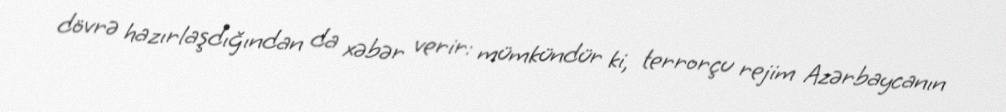
dövrə hazırlaşdığından da xəbər verir: mümkündür ki, terrorçu rejim Azərbaycanın